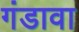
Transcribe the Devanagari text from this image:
गंडावा